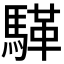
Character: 𮪏